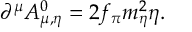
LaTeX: \partial ^ { \mu } A _ { \mu , \eta } ^ { 0 } = 2 f _ { \pi } m _ { \eta } ^ { 2 } \eta .